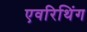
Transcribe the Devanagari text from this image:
एवरिथिंग